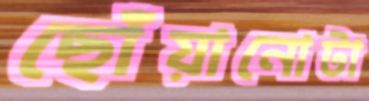
ছোঁয়ানোটা